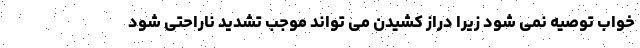
خواب توصیه نمی شود زیرا دراز کشیدن می تواند موجب تشدید ناراحتی شود